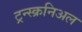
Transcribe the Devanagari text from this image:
ट्रन्स्क्रनिअल